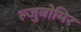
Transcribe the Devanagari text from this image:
ल्जुबोमिर